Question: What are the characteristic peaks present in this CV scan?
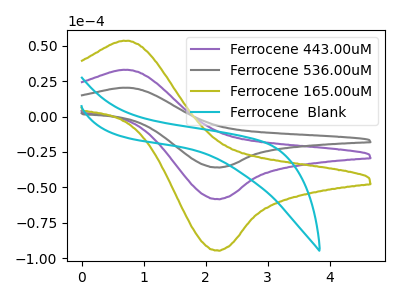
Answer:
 <answer>The purple curve "Ferrocene 443.00uM" has an anodic peak at (0.75V, 32.95uA) and a cathodic peak at (2.15V, -58.20uA). The gray curve "Ferrocene 536.00uM" has an anodic peak at (0.75V, 65.85uA) and a cathodic peak at (2.15V, -116.40uA). The olive curve "Ferrocene 165.00uM" has an anodic peak at (0.75V, 53.40uA) and a cathodic peak at (2.15V, -94.40uA). The cyan curve "Ferrocene  Blank" has no peaks.</answer>
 <eval></eval>